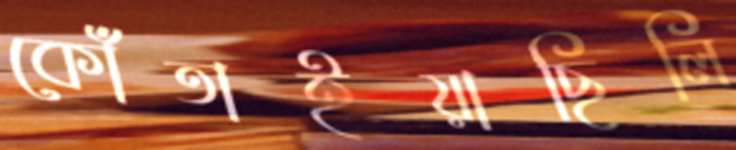
কোঁতাইয়াছিলি